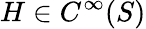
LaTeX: H\in C^{\infty}(S)